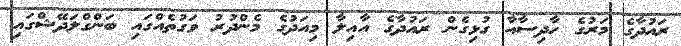
ރައުދާގެ މަރުގެ ހާދިސާއާ ގުޅިގެން ރައުދާގެ އާއިލާ މިއަދުގެ މެންދުރު ވަގުތެއްގައި ބަންގްލަދޭޝްގައި